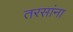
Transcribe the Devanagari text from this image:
तरसांना